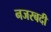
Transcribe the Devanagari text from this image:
नजरबदी